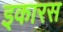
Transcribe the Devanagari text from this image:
इकारस